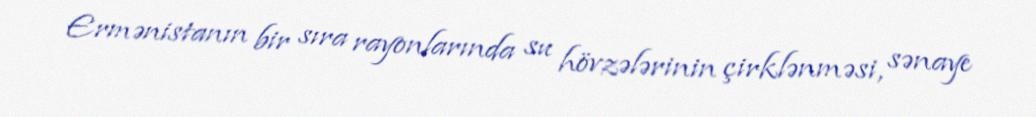
Ermənistanın bir sıra rayonlarında su hövzələrinin çirklənməsi, sənaye